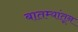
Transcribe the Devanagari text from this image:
बातम्यांतून